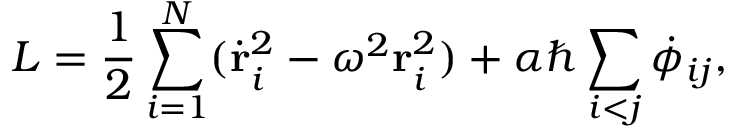
L = \frac { 1 } { 2 } \sum _ { i = 1 } ^ { N } ( { \dot { \bf r } } _ { i } ^ { 2 } - { \omega } ^ { 2 } { \bf r } _ { i } ^ { 2 } ) + \alpha \hbar \sum _ { i < j } { \dot { \phi } } _ { i j } ,